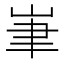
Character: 𡷏